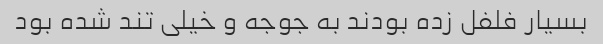
بسیار فلفل زده بودند به جوجه و خیلی تند شده بود